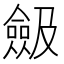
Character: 𠐖